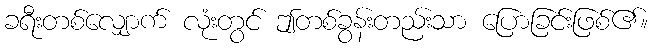
ခရီးတစ်လျှောက် လုံးတွင် ဤတစ်ခွန်းတည်းသာ ပြောခြင်းဖြစ်၏။